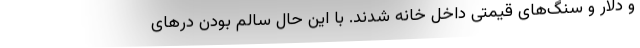
و دلار و سنگ‌های قیمتی داخل خانه شدند. با این حال سالم بودن درهای